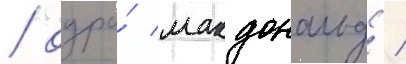
/ одра́ макдональд /